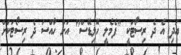
އަދި އެ ދެ ރިސޯޓަކީ "ފެމެލީ ހޮލިޑޭސް" އަށް ހާއްސަ ދެ ރިސޯޓަކަށް